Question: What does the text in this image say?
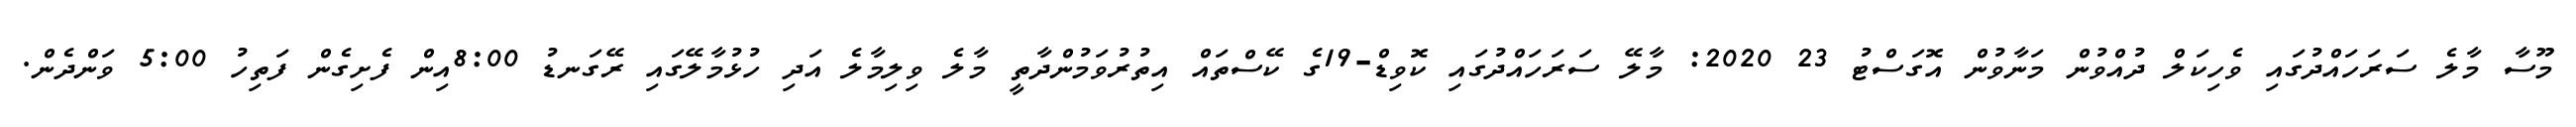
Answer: މޫސާ މާލެ ސަރަހައްދުގައި ވެހިކަލް ދުއްވުން މަނާވުން އޮގަސްޓު 23 2020: މާލޭ ސަރަހައްދުގައި ކޮވިޑް-19ގެ ކޭސްތައް އިތުރުވަމުންދާތީ މާލެ ވިލިމާލެ އަދި ހުޅުމާލޭގައި ރޭގަނޑު 8:00އިން ފެށިގެން ފަތިހު 5:00 ވަންދެން.